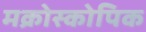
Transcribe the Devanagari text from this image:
मक्रोस्कोपिक